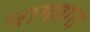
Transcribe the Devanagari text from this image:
नागतारा